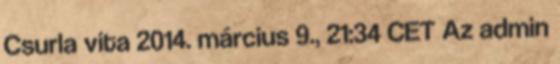
Csurla vita 2014. március 9., 21:34 CET Az admin